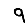
Digit: 9